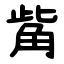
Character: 觜